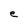
Character: e